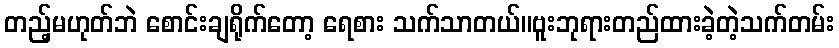
တည့်မဟုတ်ဘဲ စောင်းချရိုက်တော့ ရေစား သက်သာတယ်။ဗူးဘုရားတည်ထားခဲ့တဲ့သက်တမ်း